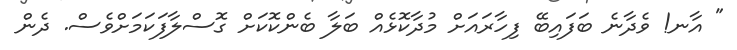
" އާނ! ވެދާނެ ބަފައިބޭ ފިހާރައަށް މުދާކޮޅެއް ބަލާ ބެންކޮކަށް ގޮސްލާފަކަމަށްވެސް. ދެން